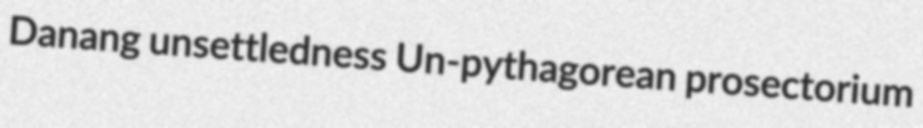
Danang unsettledness Un-pythagorean prosectorium